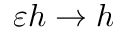
\varepsilon h \to h